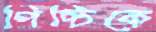
পিচ্চিকে